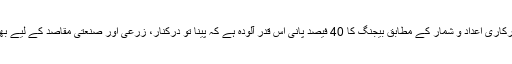
2015 کے سرکاری اعداد و شمار کے مطابق بیجنگ کا 40 فیصد پانی اس قدر آلودہ ہے کہ پینا تو درکنار، زرعی اور صنعتی مقاصد کے لیے بھی کارآمد نہیں۔